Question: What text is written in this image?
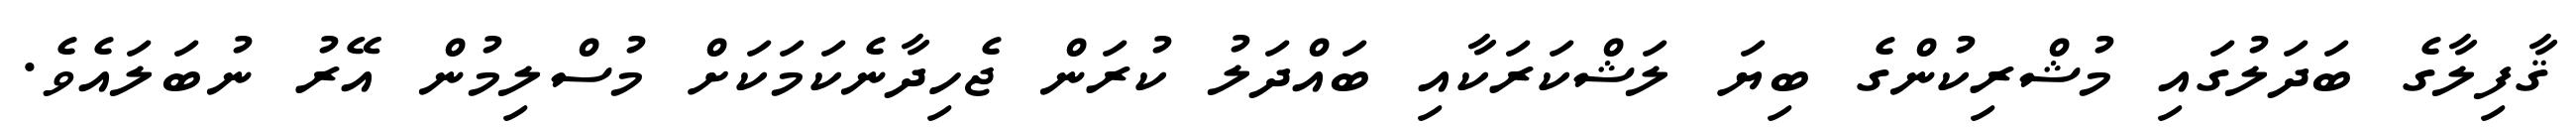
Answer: ޤާފިލާގެ ބަދަލުގައި މުޝްރިކުންގެ ބިޔަ ލަޝްކަރަކާއި ބައްދަލު ކުރަން ޖެހިދާނެކަމަކަށް މުސްލިމުން އޭރު ނުބަލައެވެ.